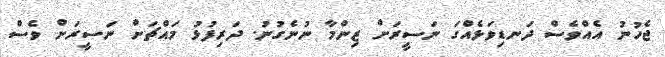
ޖެހުނު އެއްވެސް ދަނޑިވަޅެއްގަ ނަސީރަށް ޒިންމާ ނުނެގުނު. ދަރިފުޅު މައްޗަށް ނަސީރަށް ވެސް